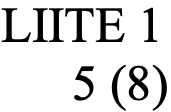
LIITE 1 5 (8)